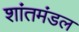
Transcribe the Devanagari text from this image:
शांतमंडल